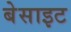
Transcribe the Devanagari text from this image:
बेसाइट